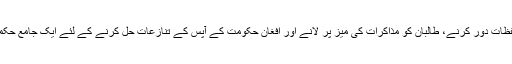
امریکہ کو پاکستان کے تحفظات دور کرنے، طالبان کو مذاکرات کی میز پر لانے اور افغان حکومت کے آپس کے تنازعات حل کرنے کے لئے ایک جامع حکمتِ عمل وضع کرنی ہوگی۔